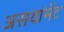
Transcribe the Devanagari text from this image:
असयांमेंट